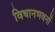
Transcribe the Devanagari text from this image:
विधानभवनों